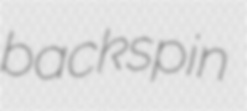
backspin